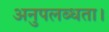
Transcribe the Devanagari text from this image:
अनुपलब्धता।